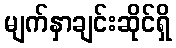
မျက်နှာချင်းဆိုင်ရှိ